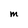
Character: M